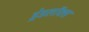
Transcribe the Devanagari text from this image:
ड्रेडलॉक्स